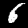
Digit: 6